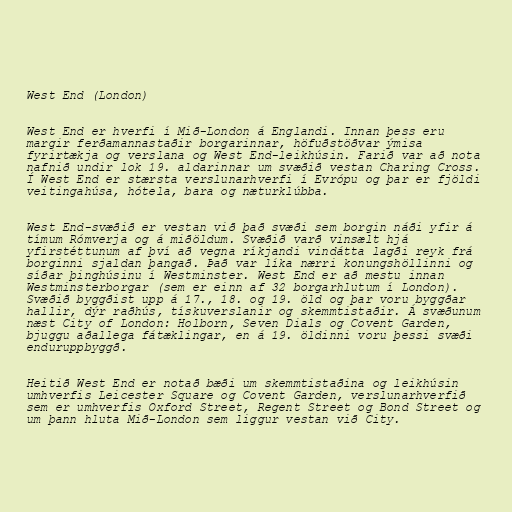
West End (London)

West End er hverfi í Mið-London á Englandi. Innan þess eru
margir ferðamannastaðir borgarinnar, höfuðstöðvar ýmisa
fyrirtækja og verslana og West End-leikhúsin. Farið var að nota
nafnið undir lok 19. aldarinnar um svæðið vestan Charing Cross.
Í West End er stærsta verslunarhverfi í Evrópu og þar er fjöldi
veitingahúsa, hótela, bara og næturklúbba.

West End-svæðið er vestan við það svæði sem borgin náði yfir á
tímum Rómverja og á miðöldum. Svæðið varð vinsælt hjá
yfirstéttunum af því að vegna ríkjandi vindátta lagði reyk frá
borginni sjaldan þangað. Það var líka nærri konungshöllinni og
síðar þinghúsinu í Westminster. West End er að mestu innan
Westminsterborgar (sem er einn af 32 borgarhlutum í London).
Svæðið byggðist upp á 17., 18. og 19. öld og þar voru byggðar
hallir, dýr raðhús, tískuverslanir og skemmtistaðir. Á svæðunum
næst City of London: Holborn, Seven Dials og Covent Garden,
bjuggu aðallega fátæklingar, en á 19. öldinni voru þessi svæði
enduruppbyggð.

Heitið West End er notað bæði um skemmtistaðina og leikhúsin
umhverfis Leicester Square og Covent Garden, verslunarhverfið
sem er umhverfis Oxford Street, Regent Street og Bond Street og
um þann hluta Mið-London sem liggur vestan við City.